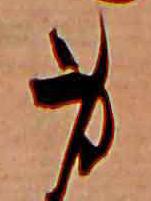
身